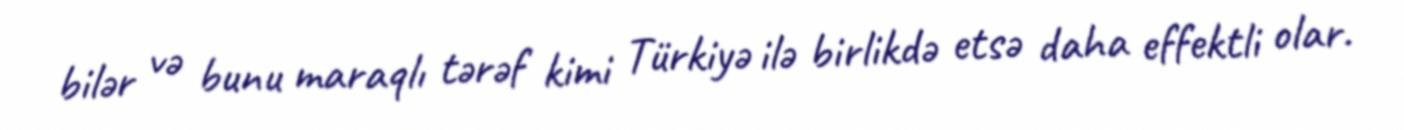
bilər və bunu maraqlı tərəf kimi Türkiyə ilə birlikdə etsə daha effektli olar.